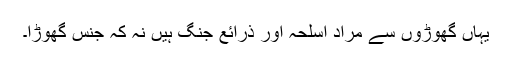
یہاں گھوڑوں سے مراد اسلحہ اور ذرائع جنگ ہیں نہ کہ جنس گھوڑا۔